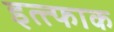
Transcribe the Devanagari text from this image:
इत्त्फाक